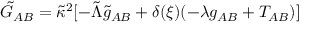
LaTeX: \tilde { G } _ { A B } = \tilde { \kappa } ^ { 2 } [ - \tilde { \Lambda } \tilde { g } _ { A B } + \delta ( \xi ) ( { - \lambda g _ { A B } + T _ { A B } } ) ]